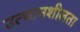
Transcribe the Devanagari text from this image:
उत्थानशीलता